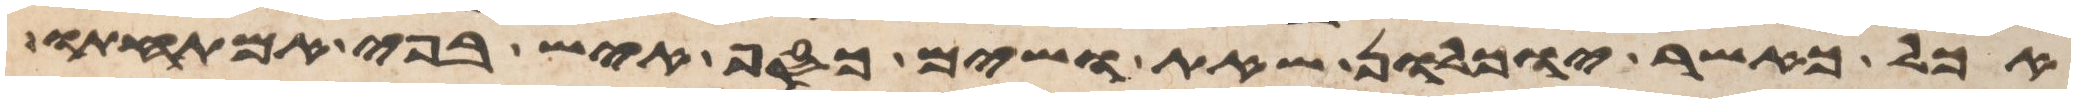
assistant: אכל כאשר יוכלון שאת ושים כסף איש בפי אמתחתו